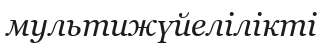
мультижүйелілікті